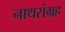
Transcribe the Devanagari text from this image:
नाथसंग्रह